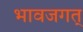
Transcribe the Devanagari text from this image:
भावजगत्